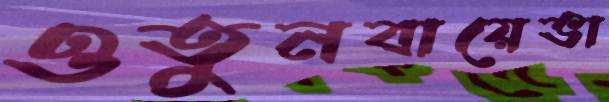
ওতুনবায়েভা